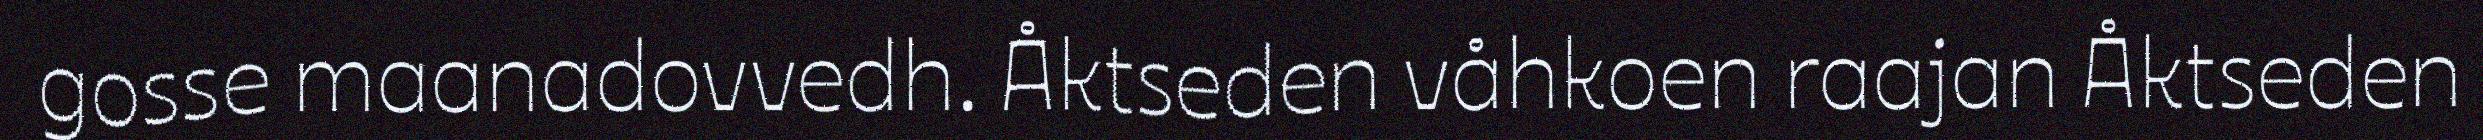
gosse maanadovvedh. Åktseden våhkoen raajan Åktseden